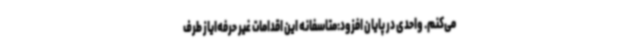
می‌کنم. واحدی در پایان افزود:متاسفانه این اقدامات غیر حرفه‌ایاز طرف